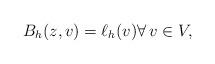
LaTeX: \begin{align*}B_h(z,v) = \ell_h(v) \forall\, v \in V,\end{align*}